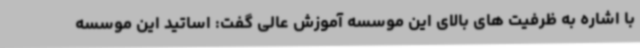
با اشاره به ظرفیت های بالای این موسسه آموزش عالی گفت: اساتید این موسسه